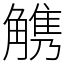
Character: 𧤤